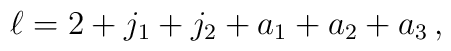
\ell = 2+j_1+j_2+a_1+a_2+a_3\,,